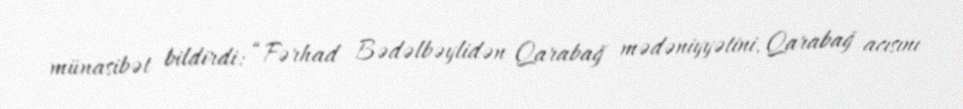
münasibət bildirdi: “Fərhad Bədəlbəylidən Qarabağ mədəniyyətini, Qarabağ acısını